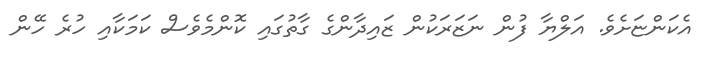
އެކަންޏަށެވެ. އަލްޔާ ފުން ނަޒަރަކުން ޒައިދާންގެ ގާތުގައި ކޮންމެވެސް ކަމަކާއި ހުރެ ހޭން